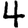
Digit: 4